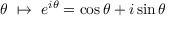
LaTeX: \theta \ \mapsto \ e ^ { i \theta } = \cos \theta + i \sin \theta